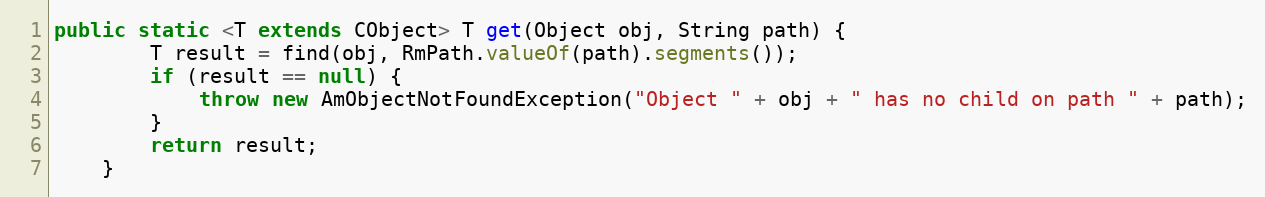
Language: Java
public static <T extends CObject> T get(Object obj, String path) {
        T result = find(obj, RmPath.valueOf(path).segments());
        if (result == null) {
            throw new AmObjectNotFoundException("Object " + obj + " has no child on path " + path);
        }
        return result;
    }